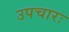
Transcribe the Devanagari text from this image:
उपचारः